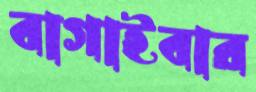
বাগাইবার